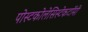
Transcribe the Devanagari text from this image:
पोस्टकोलेसिस्टेकटॉमी